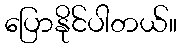
ပြောနိုင်ပါတယ်။